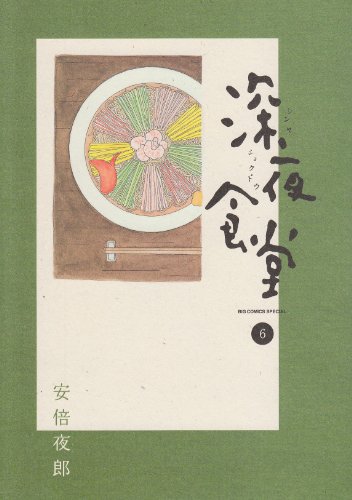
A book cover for Shinya Shokudo Vol. 6; Yaro Abe; Comics & Graphic Novels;